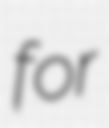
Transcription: for